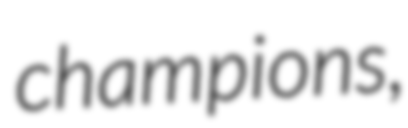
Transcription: champions,